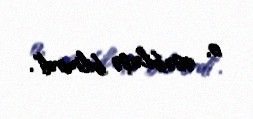
o, əsəbiləşə bilmirdi".